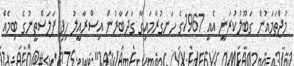
މުޖްތަމައުން ގަބޫލުކުރަނީ އެއީ 1967ގެ ހަނގުރާމައިގާ ގަދަބާރުން އިސްރާއީލު ހިފި ފަލަސްތީނުގެ ބިމެއް